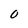
Character: 0